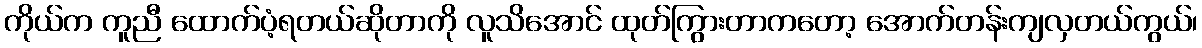
ကိုယ်က ကူညီ ထောက်ပံ့ရတယ်ဆိုတာကို လူသိအောင် ထုတ်ကြွားတာကတော့ အောက်တန်းကျလှတယ်ကွယ်၊